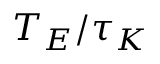
T _ { E } / \tau _ { K }